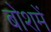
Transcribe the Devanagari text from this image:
बोशमें